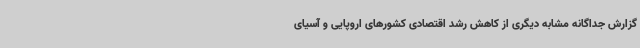
گزارش جداگانه مشابه دیگری از کاهش رشد اقتصادی کشورهای اروپایی و آسیای